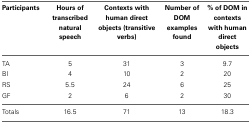
<table><thead><tr><td><b>Participants</b></td><td><b>Hours of transcribed natural speech</b></td><td><b>Contexts with human direct objects (transitive verbs)</b></td><td><b>Number of DOM examples found</b></td><td><b>% of DOM in contexts with human direct objects</b></td></tr></thead><tbody><tr><td>TA</td><td>5</td><td>31</td><td>3</td><td>9.7</td></tr><tr><td>BI</td><td>4</td><td>10</td><td>2</td><td>20</td></tr><tr><td>RS</td><td>5.5</td><td>24</td><td>6</td><td>25</td></tr><tr><td>GF</td><td>2</td><td>6</td><td>2</td><td>30</td></tr><tr><td>Totals</td><td>16.5</td><td>71</td><td>13</td><td>18.3</td></tr></tbody></table>